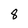
Character: 8